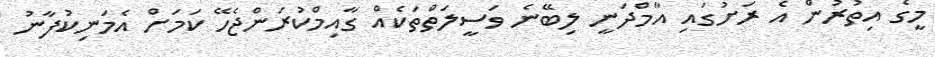
މީގެ އިތުރުން އެ ރަށުގައި އާމްދަނީ ލިބޭނެ ވަސީލަތްތަކެއް ގާއިމްކުރަންޖެހޭ ކަމަށް އެމަނިކުފާނު